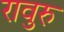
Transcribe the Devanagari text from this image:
रावुरु